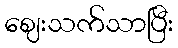
ဈေးသက်သာပြီး